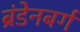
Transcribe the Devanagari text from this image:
ब्रंडेनबर्ग